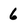
Character: 6